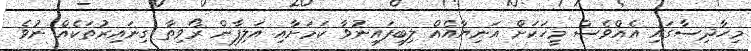
މިހާދިސާގައި އެއްވެސް މީހަކަށް އަނިޔާއެއް ލިބިފައިނުވާ ކަމަށާއި އަލިފާން ރޯވިތާ ގިނައިރުތަކެއް ނުވެ